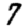
Digit: 7